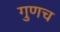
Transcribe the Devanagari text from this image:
गुणच